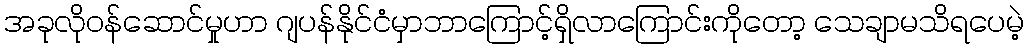
အခုလိုဝန်ဆောင်မှုဟာ ဂျပန်နိုင်ငံမှာဘာကြောင့်ရှိလာကြောင်းကိုတော့ သေချာမသိရပေမဲ့